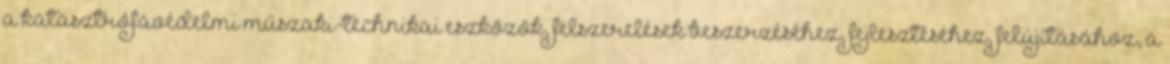
a katasztrófavédelmi műszaki-technikai eszközök, felszerelések beszerzéséhez, fejlesztéséhez, felújításához, a